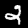
Label: 2